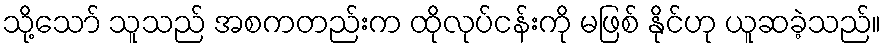
သို့သော် သူသည် အစကတည်းက ထိုလုပ်ငန်းကို မဖြစ် နိုင်ဟု ယူဆခဲ့သည်။